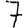
Digit: 7